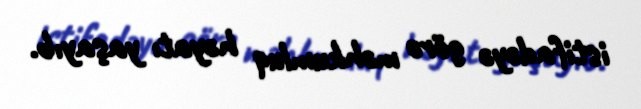
istifadəyə görə məhkumluq həyatı yaşayıb.